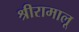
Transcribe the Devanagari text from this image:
श्रीरामालू